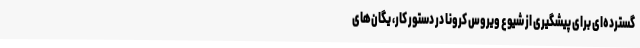
گسترده‌ای برای پیشگیری از شیوع ویروس کرونا در دستور کار، یگان‌های